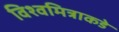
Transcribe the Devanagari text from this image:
विश्वमित्राकडे